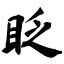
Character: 眨